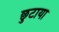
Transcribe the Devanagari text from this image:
छुटाया